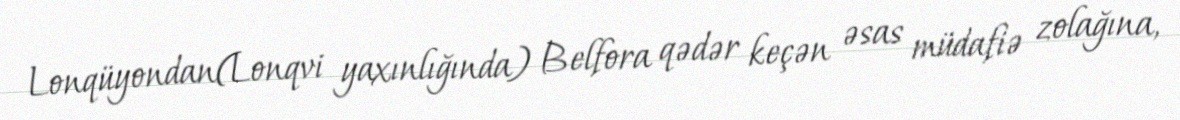
Lonqüyondan(Lonqvi yaxınlığında) Belfora qədər keçən əsas müdafiə zolağına,